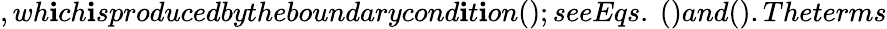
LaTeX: ,wh\mathbf{i}ch\mathbf{i}sproducedbytheboundarycond\mathbf{i}t\mathbf{i}on();seeEqs.~()and().Theterms